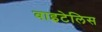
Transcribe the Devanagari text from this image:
वाइटेलिस